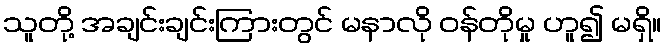
သူတို့ အချင်းချင်းကြားတွင် မနာလို ဝန်တိုမှု ဟူ၍ မရှိ။